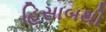
હિસાબથી